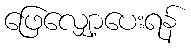
ဖြေလျှော့ပေးရန်